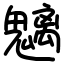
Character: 魑